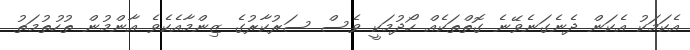
އެކަމަކު އެކަން ދެނެގަނެވޭނެ ގޮތްތަކެއް ހޯދުމަކީ ވެސް ސަރުކާރުގެ ޒިންމާއެކެވެ އާންމުން ތުހުތުމަތު